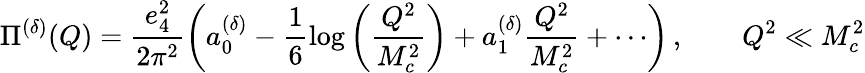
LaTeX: \Pi^{(\delta)}(Q)=\frac{e_{4}^{2}}{2\pi^{2}}\left(a_{0}^{(\delta)}-\frac{1}{6}\log\left(\frac{Q^{2}}{M_{c}^{2}}\right)+a_{1}^{(\delta)}\frac{Q^{2}}{M_{c}^{2}}+\cdots\right)\, ,\qquad Q^{2}\ll M_{c}^{2}